system: You are a helpful assistant.
user:
Analyze the provided spectrum to determine if it is a **M-type Giant (gM)**.

A M-type Giant spectrum is defined by its **strong molecular absorption** features, particularly from **Titanium Oxide (TiO)**. You must check for one of the following mutually exclusive signatures:

- **Key Visual Indicators (Absorption-Dominated Spectrum):**

    - **(Primary):** The spectrum is dominated by strong molecular absorption from **Titanium Oxide (TiO)**. This is the **defining feature** of its M-type temperature class.
        - **(Key Bandheads):** Look for sharp, "saw-tooth" absorption valleys. The strongest are located near **~7050 Å**, **~6160 Å**, and **~5170 Å**.
        - **(Line Profile):** The "saw-tooth" morphology is critical: a **sharp, steep drop on the BLUE (short-wavelength) side** of the bandhead, followed by a gradual recovery (rising flux) towards the RED (long-wavelength) side.

    - **(Key Confirmation - Giant vs. Dwarf):** **ABSENCE** of strong **Calcium Hydride (CaH)** molecular bands. This is the primary diagnostic for *excluding* M-dwarfs.
        - **(Key Region):** The spectrum should lack the strong, broad absorption band seen in dwarfs between **~6800 Å and ~7000 Å**.

    - **(Secondary Confirmation - Giant):** A very strong and broad **Neutral Calcium (Ca I)** atomic absorption line.
        - **(Key Line):** Located at **~4226 Å**. In a giant (gM), this line is significantly deeper and broader than the same line in an M-dwarf (dM) due to low surface gravity.

    - **(Overall Spectrum):**
        - The continuum is **extremely red-sloping** (i.e., flux is very low in the blue and rises dramatically towards the red).
        - The entire spectrum appears "chopped up" by the deep TiO bands.

Think first, call **spectral_visualization_tool** if needed to examine features in detail, then provide your final answer. Your response must adhere to the following strict rules:
1.  **Overall Structure:** Your response must follow the format `<think>...</think> <tool_call>...</tool_call> (if a tool is used) <answer>...</answer>`.
2.  **Tool Usage Constraint:** You may only make **one** tool call per turn.
3.  **Final Answer Format:** In the `<answer>` tag, your conclusion must be inside a `\boxed{}` command (e.g., `\boxed{YES}` or `\boxed{NO}`), followed by your justification.

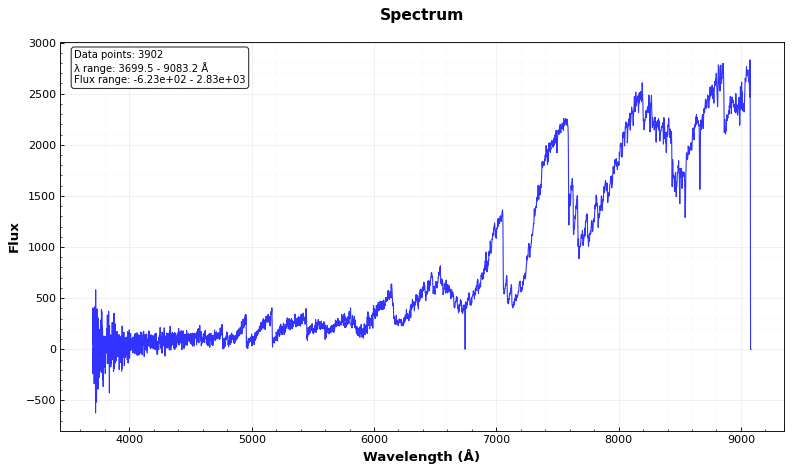
Answer: YES